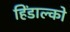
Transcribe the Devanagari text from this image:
हिंडाल्‍को